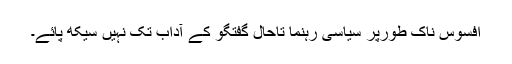
افسوس ناک طورپر سیاسی رہنما تاحال گفتگو کے آداب تک نہیں سیکھ پائے۔